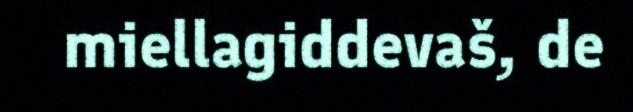
miellagiddevaš, de